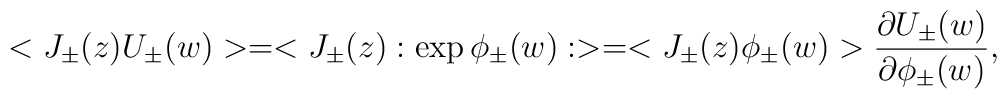
<J_{\pm}(z)U_{\pm}(w)> = <J_{\pm}(z):\exp\phi _{\pm}(w):>  = <J_{\pm}(z)\phi _{\pm}(w)>\frac{\partial U_{\pm}(w)}{\partial \phi _{\pm}(w)},